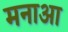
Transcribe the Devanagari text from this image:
मनाआ